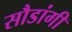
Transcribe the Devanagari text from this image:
सौडांगी